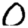
Digit: 0